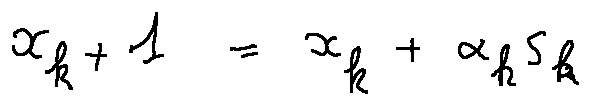
x _ { k + 1 } = x _ { k } + \alpha _ { k } s _ { k }